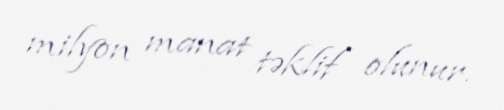
milyon manat təklif olunur.